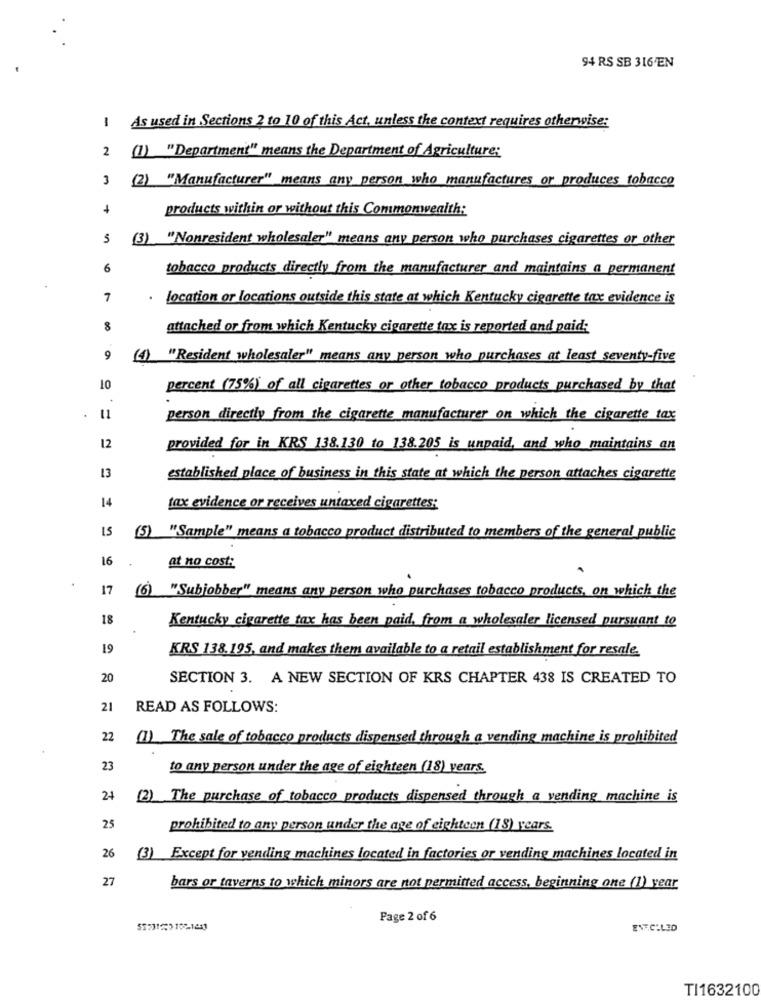
94 RS SB 316 EN
As used in Sections 2 to 10 of this Act, unless the context requires otherwise:
-
2 (1) "Department" means the Department of Agriculture:
(2) "Manufacturer" means any person who manufactures or produces tobacco
products within or without this Commonwealth:
(3) "Nonresident wholesaler" means any person who purchases cigarettes or other
6
tobacco products directly from the manufacturer and maintains a permanent
7
location or locations outside this state at which Kentucky cigarette tax evidence is
8
attached or from which Kentucky cigarette tax is reported and paid:
9
(1) "Resident wholesaler" means any person who purchases at least seventy-five
10
percent (75%) of all cigarettes or other tobacco products purchased by that
11
person directly from the cigarette manufacturer on which the cigarette tax
12
provided for in KRS 138.130 to 138.205 is unpaid, and who maintains an
13
established place of business in this state at which the person attaches cigarette
14
tax evidence or receives untaxed cigarettes:
(5) "Sample" means a tobacco product distributed to members of the general public
16
at no cost:
17
(6) "Subjobber" means any person who purchases tobacco products, on which the
18
Kentucky cigarette tax has been paid, from a wholesaler licensed pursuant to
19
KRS 138.195, and makes them available to a retail establishment for resale.
20
SECTION 3. A NEW SECTION OF KRS CHAPTER 438 IS CREATED TO
21
READ AS FOLLOWS:
22
(1) The sale of tobacco products dispensed through a vending machine is prohibited
23
to any person under the age of eighteen (18) years.
24
(2) The purchase of tobacco products dispensed through a vending machine is
25
prohibited to any person under the age of eighteen (18) years.
26
(3) Except for vending machines located in factories or vending machines located in
27
bars or taverns to which minors are not permitted access, beginning one (1) year
Page 2 of 6
ENF.C:LID
TI1632100